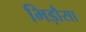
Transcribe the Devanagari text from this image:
भिड़ौसा